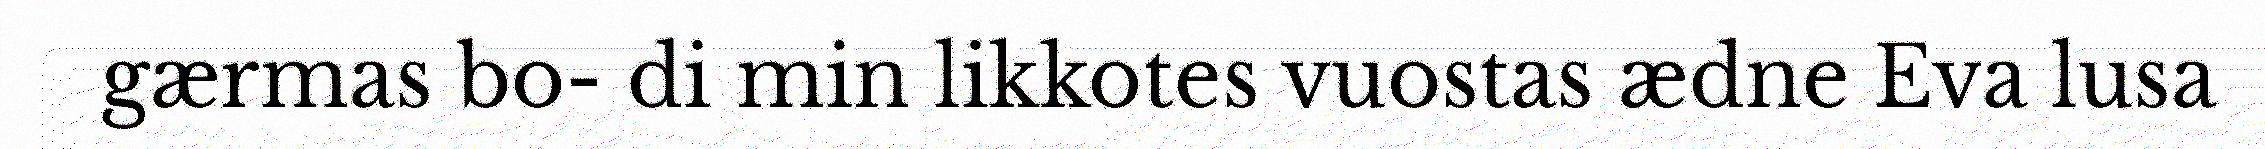
gærmas bo- di min likkotes vuostas ædne Eva lusa